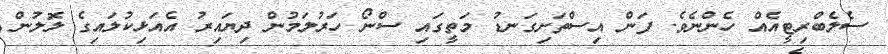
ސެލެބްރިޓީއެއް ހެންނެވެ. ފަން އިސްތަށިގަނޑު މަތީގައި ސްނޯ ހަރުލަމުން ދިޔައިރު އެއަޅިކުލައިގެ ލޮލުން